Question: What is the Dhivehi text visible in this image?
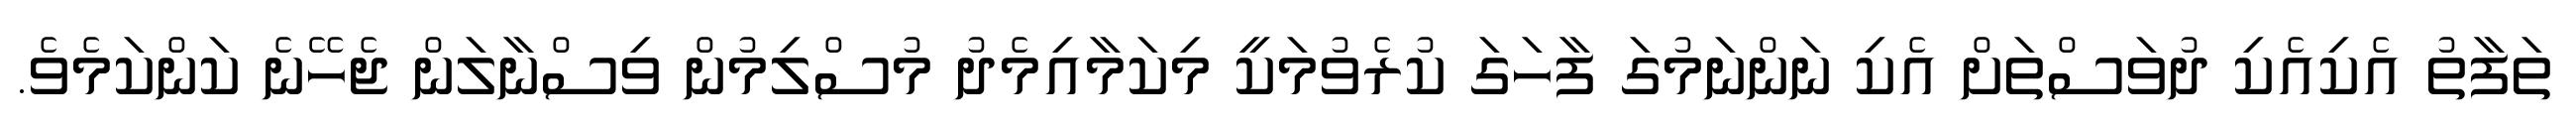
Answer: ތަފާތު އެކިއެކި ދުވަސްތަށް އެކި ނަންނަމުގަ ފާހަގަ ކުރެވުމަކީ މިކަމާއިމެދު މުސްލިމުން ވިސްނާލަން ޖެހޭނެ ކަންކަމެވެ.